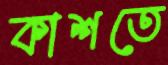
কাশতে